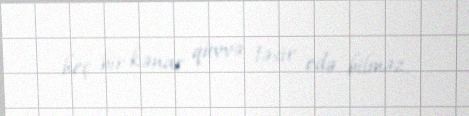
heç bir kənar qüvvə təsir edə bilməz.